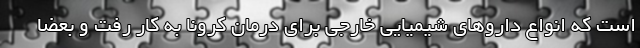
است که انواع داروهای شیمیایی خارجی برای درمان کرونا به کار رفت و بعضاً